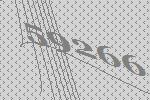
59266